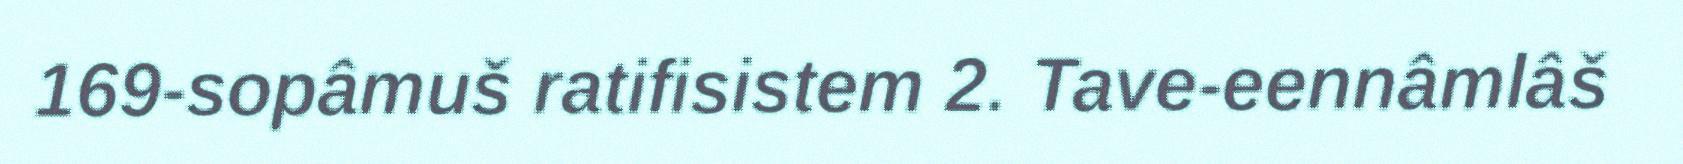
169-sopâmuš ratifisistem 2. Tave-eennâmlâš